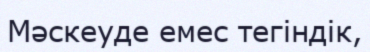
Мәскеуде емес тегіндік,